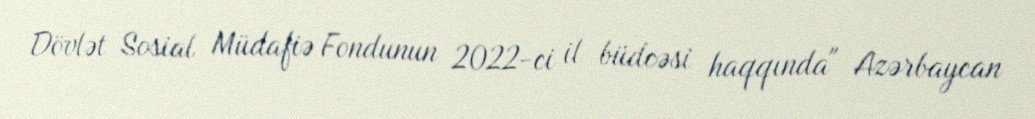
Dövlət Sosial Müdafiə Fondunun 2022-ci il büdcəsi haqqında" Azərbaycan